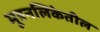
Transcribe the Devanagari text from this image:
मूत्रनलिकेतील